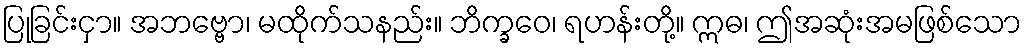
ပြုခြင်းငှာ။ အဘဗ္ဗော၊ မထိုက်သနည်း။ ဘိက္ခဝေ၊ ရဟန်းတို့။ ဣဓ၊ ဤအဆုံးအမဖြစ်သော